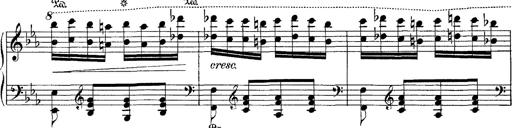
Title: Hungarian Rhapsody No.4
Composer: Franz Liszt
Key: E-flat major